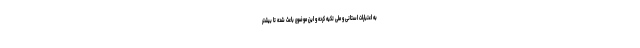
به اعتبارات استانی و ملی تکیه کرده و این موضوع باعث شده تا بیشتر